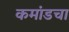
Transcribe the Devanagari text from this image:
कमांडचा